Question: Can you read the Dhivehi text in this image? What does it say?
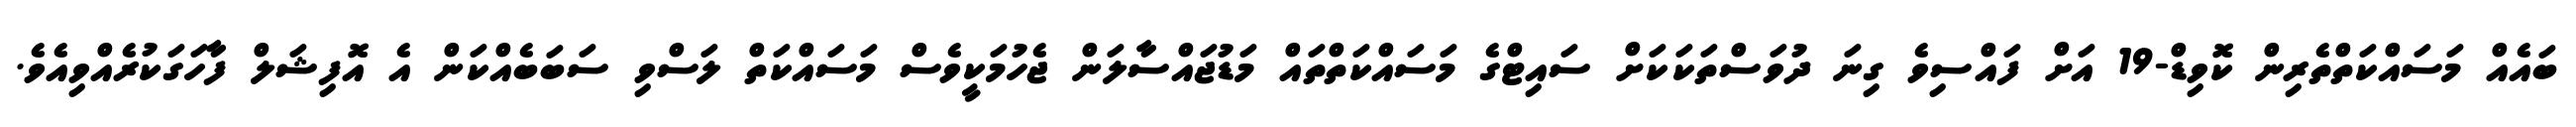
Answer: ބައެއް މަސައްކަތްތެރިން ކޮވިޑް-19 އަށް ފައްސިވެ ގިނަ ދުވަސްތަކަކަށް ސައިޓްގެ މަސައްކަތްތައް މަޑުޖައްސާލަން ޖެހުމަކީވެސް މަސައްކަތް ލަސްވި ސަބަބެއްކަން އެ އޮފިޝަލް ފާހަގަކުރެއްވިއެވެ.